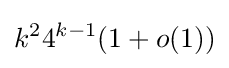
k^{2}4^{k-1}(1+o(1))